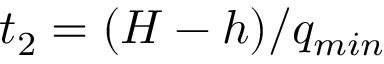
t _ { 2 } = ( H - h ) / q _ { m i n }